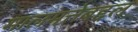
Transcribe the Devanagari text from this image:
मालमत्तेबद्दल